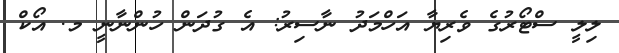
ލިލީ ސްޓޯރުގެ ވެރިޔާ އަހްމަދު ނާސިރު: އެ ގުދަން ހުންނާނީ މ. އޯކް